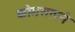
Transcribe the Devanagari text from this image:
कोमसापने